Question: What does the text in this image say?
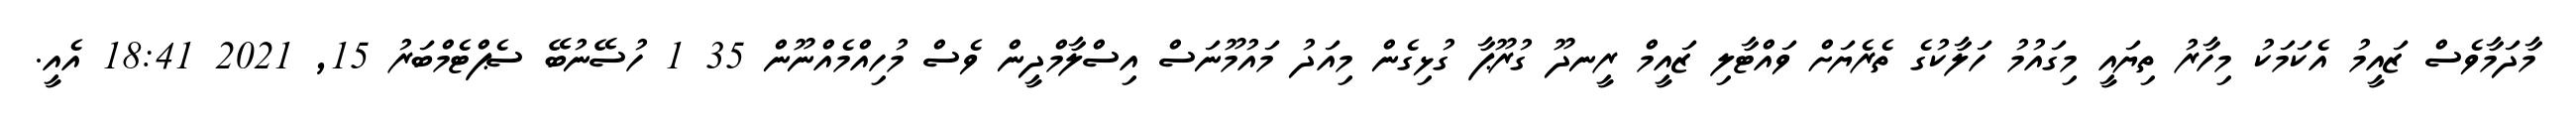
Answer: މާދަމާވެސް ޒައީމު އެކަމަކު މިހާރު ތިޔައީ މިގައުމު ހަލާކުގެ ތެރެޔަށް ވައްޓާލި ޒައީމް ރީނދޫ ގުރޫޕާ ގުޅިގެން މިއަދު މައުމޫނަސް އިސްލާމްދީން ވެސް މުހިއްމެއްނޫން 35 1 ހުސޭނުބޭ ސެޕްޓެމްބަރު 15, 2021 18:41 އެއީ.